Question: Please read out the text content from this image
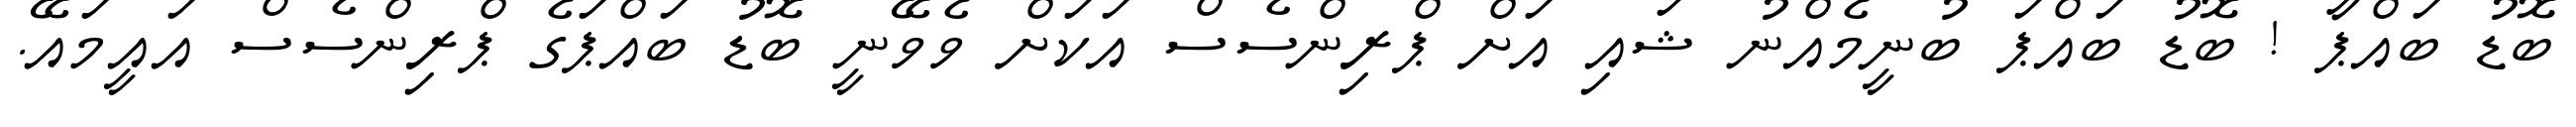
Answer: ބޮޑު ބައްޕާ ! ބޮޑު ބައްޕަ ބުނީމެއްނު ޝައި އަށް ޕްރިންސެސް އަކަށް ވެވޭނީ ބޮޑު ބައްޕަގެ ޕްރިންސެސް އައީމައޭ.